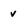
Character: v